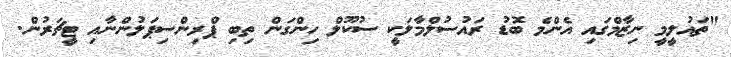
"ތައުލީމީ ނިޒާމްގައި އެންމެ ބޮޑު ރައުސުލްމާލަކީ ސުކޫލް ހިންގަން ތިބި ޕްރިންސިޕަލުންނާއި ޓީޗަރުން.